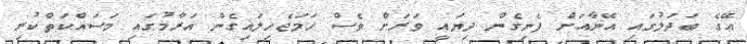
އޭގެ ބަދަލުގައި އޭނާއަށް ފެނިގެން ދިޔައީ ވަރަށް ވެސް ހަމަޖެހިލައިގެން އަރާމުގައި މަސައްކަތްކުރި